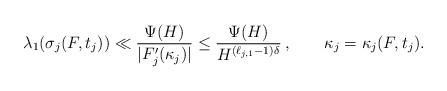
LaTeX: \begin{align*}\lambda_1(\sigma_j(F,t_j))\ll \frac{\Psi(H)}{|F_j'(\kappa_j)|}\le\frac{\Psi(H)}{H^{(\ell_{j,1}-1)\delta}}\,,\qquad\kappa_j=\kappa_j(F,t_j).\end{align*}